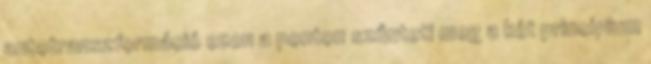
autotranszformáció ezen a ponton szűnteti meg a két princípium